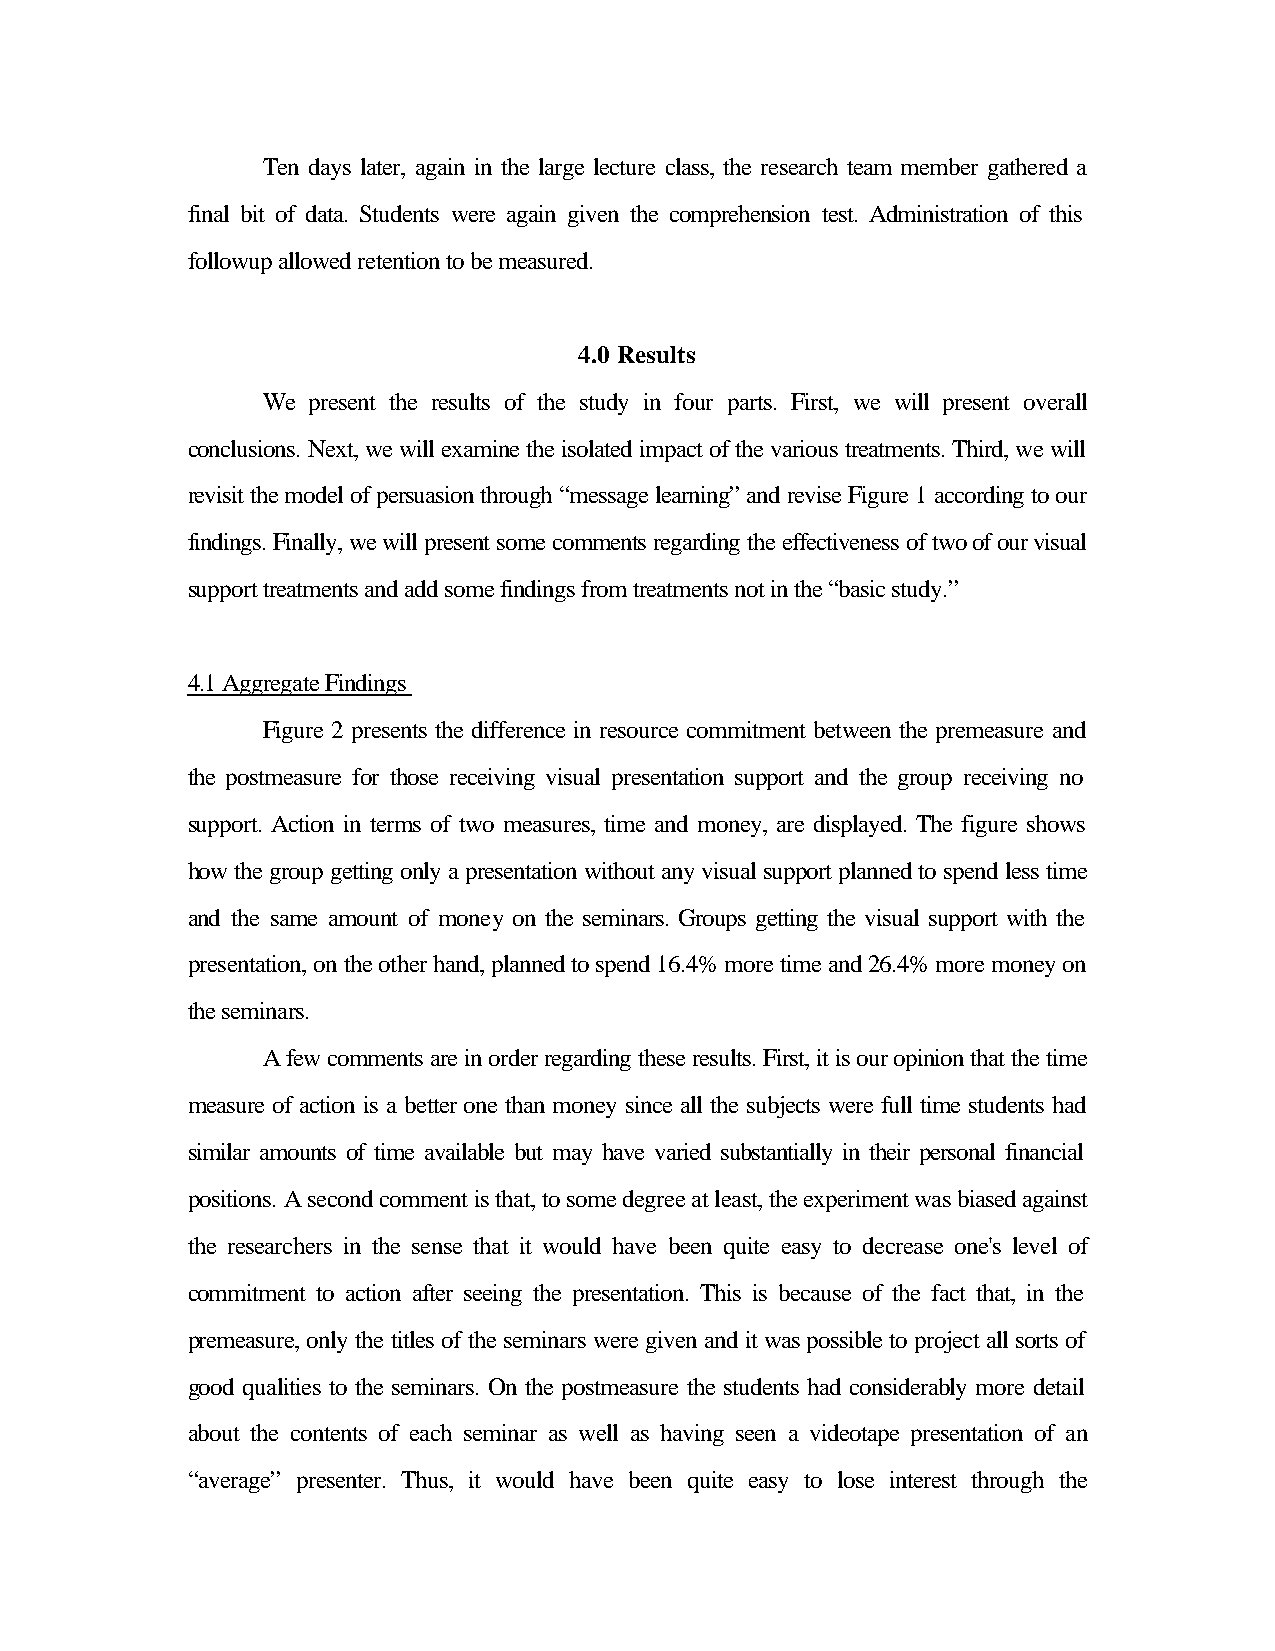
Ten days later, again in the large lecture class, the research team member gathered a
 final bit of data. Students were again given the comprehension test. Administration of this
 followup allowed retention to be measured.
 4.0 Results
 We present the results of the study in four parts. First, we will present overall
 conclusions. Next, we will examine the isolated impact of the various treatments. Third, we will
 revisit the model of persuasion through “message learning” and revise Figure 1 according to our
 findings. Finally, we will present some comments regarding the effectiveness of two of our visual
 support treatments and add some findings from treatments not in the “basic study.”
 4.1 Aggregate Findings
 Figure 2 presents the difference in resource commitment between the premeasure and
 the postmeasure for those receiving visual presentation support and the group receiving no
 support. Action in terms of two measures, time and money, are displayed. The figure shows
 how the group getting only a presentation without any visual support planned to spend less time
 and the same amount of money on the seminars. Groups getting the visual support with the
 presentation, on the other hand, planned to spend 16.4% more time and 26.4% more money on
 the seminars.
 A few comments are in order regarding these results. First, it is our opinion that the time
 measure of action is a better one than money since all the subjects were full time students had
 similar amounts of time available but may have varied substantially in their personal financial
 positions. A second comment is that, to some degree at least, the experiment was biased against
 the researchers in the sense that it would have been quite easy to decrease one's level of
 commitment to action after seeing the presentation. This is because of the fact that, in the
 premeasure, only the titles of the seminars were given and it was possible to project all sorts of
 good qualities to the seminars. On the postmeasure the students had considerably more detail
 about the contents of each seminar as well as having seen a videotape presentation of an
 “average” presenter. Thus, it would have been quite easy to lose interest through the